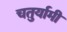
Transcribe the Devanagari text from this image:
चतुर्यामी